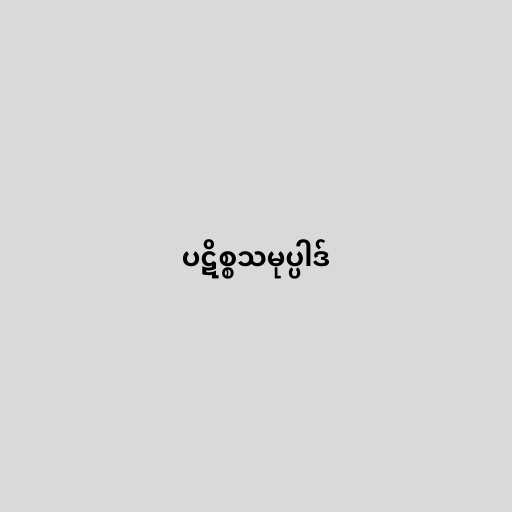
ပဋိစ္စသမုပ္ပါဒ်